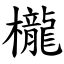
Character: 櫳